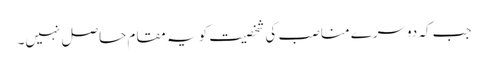
جب کہ دوسرے مناصب کی شخصیت کو یہ مقام حاصل نہیں۔